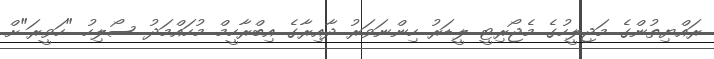
ރައްޔިތުންގެ މަޖިލީހުގެ މެޖޯރިޓީ ލީޑަރު ހިންނަވަރު ދާއިރާގެ އިބްރާހީމް މުހައްމަދު ސޯލިހު "ހަވީރަ"ށް